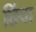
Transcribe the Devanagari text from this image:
छिंचा